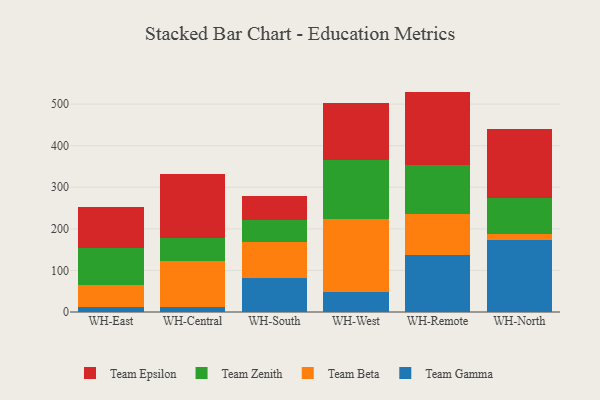
{"axis": {"x": "Warehouse", "y": "Bounce Rate (%)"}, "legend": ["Team Beta", "Team Epsilon", "Team Gamma", "Team Zenith"], "data": [{"x": "WH-East", "y": 12.5, "type": "Team Gamma"}, {"x": "WH-East", "y": 53.2, "type": "Team Beta"}, {"x": "WH-East", "y": 88.2, "type": "Team Zenith"}, {"x": "WH-East", "y": 99.1, "type": "Team Epsilon"}, {"x": "WH-Central", "y": 13.0, "type": "Team Gamma"}, {"x": "WH-Central", "y": 108.5, "type": "Team Beta"}, {"x": "WH-Central", "y": 57.5, "type": "Team Zenith"}, {"x": "WH-Central", "y": 152.0, "type": "Team Epsilon"}, {"x": "WH-South", "y": 80.9, "type": "Team Gamma"}, {"x": "WH-South", "y": 88.1, "type": "Team Beta"}, {"x": "WH-South", "y": 52.9, "type": "Team Zenith"}, {"x": "WH-South", "y": 57.8, "type": "Team Epsilon"}, {"x": "WH-West", "y": 48.7, "type": "Team Gamma"}, {"x": "WH-West", "y": 174.8, "type": "Team Beta"}, {"x": "WH-West", "y": 141.9, "type": "Team Zenith"}, {"x": "WH-West", "y": 136.9, "type": "Team Epsilon"}, {"x": "WH-Remote", "y": 136.8, "type": "Team Gamma"}, {"x": "WH-Remote", "y": 98.0, "type": "Team Beta"}, {"x": "WH-Remote", "y": 119.8, "type": "Team Zenith"}, {"x": "WH-Remote", "y": 175.5, "type": "Team Epsilon"}, {"x": "WH-North", "y": 173.9, "type": "Team Gamma"}, {"x": "WH-North", "y": 12.8, "type": "Team Beta"}, {"x": "WH-North", "y": 86.4, "type": "Team Zenith"}, {"x": "WH-North", "y": 167.8, "type": "Team Epsilon"}]}